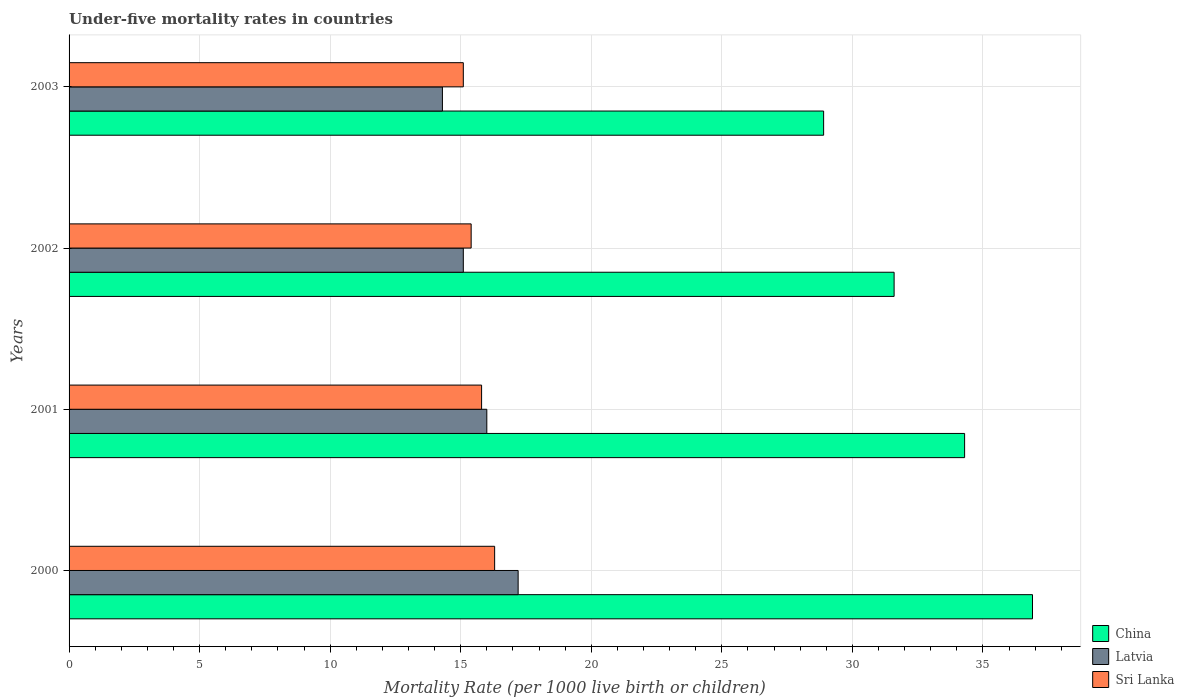
| Years | China | Latvia | Sri Lanka |
 | --- | --- | --- | --- |
 | 2000 | 36.9 | 17.2 | 16.3 |
 | 2001 | 34.3 | 16 | 15.8 |
 | 2002 | 31.6 | 15.1 | 15.4 |
 | 2003 | 28.9 | 14.3 | 15.1 |